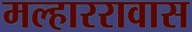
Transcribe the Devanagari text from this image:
मल्हाररावास